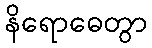
နိရောဓေတွာ